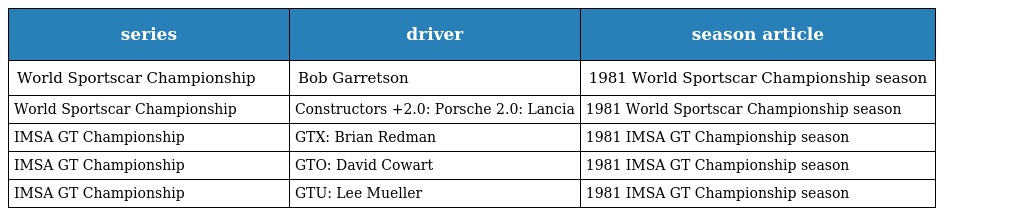
| series | driver | season article |
 | --- | --- | --- |
 | World Sportscar Championship | Bob Garretson | 1981 World Sportscar Championship season |
 | World Sportscar Championship | Constructors +2.0: Porsche 2.0: Lancia | 1981 World Sportscar Championship season |
 | IMSA GT Championship | GTX: Brian Redman | 1981 IMSA GT Championship season |
 | IMSA GT Championship | GTO: David Cowart | 1981 IMSA GT Championship season |
 | IMSA GT Championship | GTU: Lee Mueller | 1981 IMSA GT Championship season |